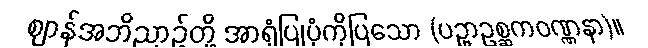
ဈာန်အဘိညာဉ်တို့ အာရုံပြုပုံကိုပြသော (ပဥှာဥစ္ဆကဝဏ္ဏနာ)။